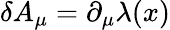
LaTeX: \delta A_{\mu}=\partial_{\mu}\lambda(x)